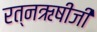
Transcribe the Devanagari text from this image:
रत्नऋषीजी